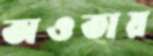
অওতায়